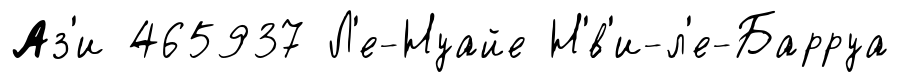
Аз'и 465937 Л'е-Нуайе Н'́в'и-л'е-Барруа